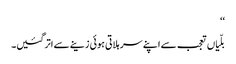
‘‘
بلّیاں تعجب سے اپنے سر ہلاتی ہوئی زینے سے اتر گئیں۔